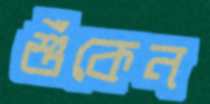
শুঁকেন